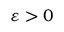
\varepsilon > 0